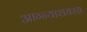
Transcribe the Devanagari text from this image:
आग्न्याशयरस